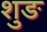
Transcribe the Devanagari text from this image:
शुङ